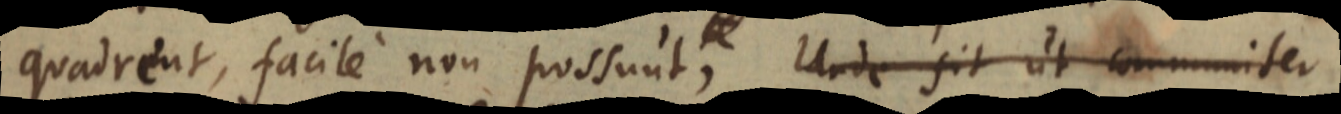
quadrent, facile non possunt, Unde fit ut communiter